Indian journal of veterinary science and animal husbandry - Volumes 22-23, 1952-1953
Year: 1952
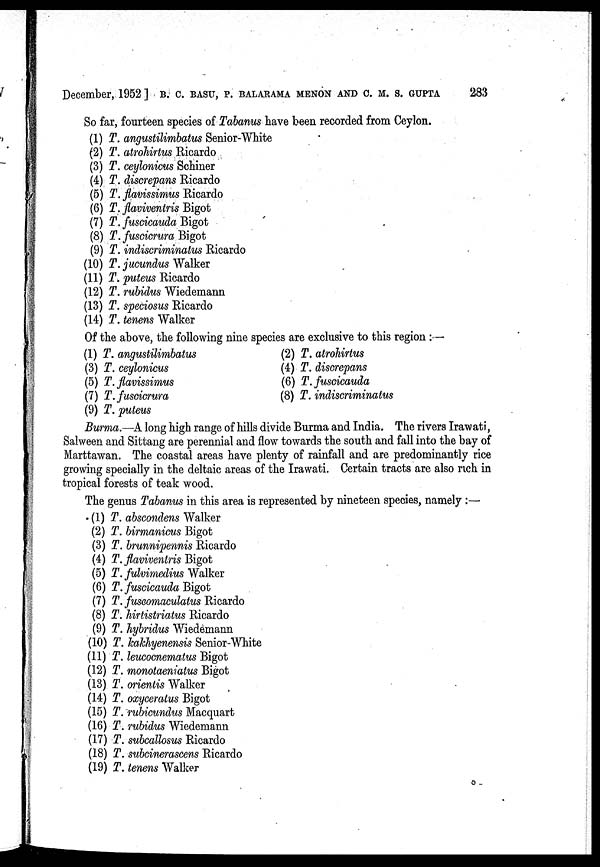
December, 1952] B. C. BASU, P. BALARAMA MENON AND C. M. S. GUPTA 283
So far, fourteen species of Tabanus have been recorded from Ceylon.
(1) T. angustilimbatus Senior-White
(2) T. atrohirtus Ricardo
(3) T. ceylonicus Schiner
(4) T. discrepans Ricardo
(5) T. flavissimus Ricardo
(6) T. flaviventris Bigot
(7) T. fuscicauda Bigot
(8) T. fuscicrura Bigot
(9) T. indiscriminatus Ricardo
(10) T. jucundus Walker
(11) T. puteus Ricardo
(12) T. rubidus Wiedemann
(13) T. speciosus Ricardo
(14) T. tenens Walker
Of the above, the following nine species are exclusive to this region:—
(1) T. angustilimbatus
(3) T. ceylonicus
(5) T. flavissimus
(7) T. fuscicrura
(9) T. puteus
(2) T. atrohirtus
(4) T. discrepans
(6) T. fuscicauda
(8) T. indiscriminatus
Burma.—A long high range of hills divide Burma and India. The rivers Irawati,
Salween and Sittang are perennial and flow towards the south and fall into the bay of
Marttawan. The coastal areas have plenty of rainfall and are predominantly rice
growing specially in the deltaic areas of the Irawati. Certain tracts are also rich in
tropical forests of teak wood.
The genus Tabanus in this area is represented by nineteen species, namely:—
(1) T. abscondens Walker
(2) T. birmanicus Bigot
(3) T. brunnipennis Ricardo
(4) T. flaviventris Bigot
(5) T. fulvimedius Walker
(6) T. fuscicauda Bigot
(7) T. fuscomaculatus Ricardo
(8) T. hirtistriatus Ricardo
(9) T. hybridus Wiedemann
(10) T. kakhyenensis Senior-White
(11) T. leucocnematus Bigot
(12) T. monotaeniatus Bigot
(13) T. orientis Walker
(14) T. oxyceratus Bigot
(15) T. rubicundus Macquart
(16) T. rubidus Wiedemann
(17) T. subcallosus Ricardo
(18) T. subcinerascens Ricardo
(19) T. tenens Walker